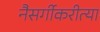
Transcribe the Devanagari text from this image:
नैसर्गीकरीत्या